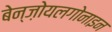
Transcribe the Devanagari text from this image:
बेन्ज़ोयलगोनाइन